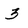
Character: 3